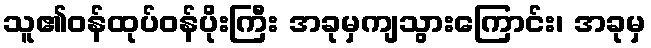
သူ၏ဝန်ထုပ်ဝန်ပိုးကြီး အခုမှကျသွားကြောင်း၊ အခုမှ